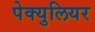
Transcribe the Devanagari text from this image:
पेक्युलियर